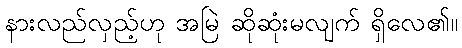
နားလည်လှည့်ဟု အမြဲ ဆိုဆုံးမလျက် ရှိလေ၏။